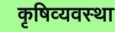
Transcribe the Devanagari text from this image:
कृषिव्‍यवस्था